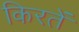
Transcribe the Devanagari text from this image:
किरतें